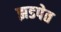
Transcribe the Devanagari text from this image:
झडपेत